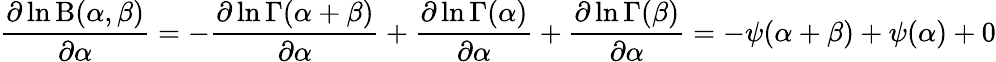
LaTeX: {\frac{\partial\ln\mathrm{B}(\alpha,\beta)}{\partial\alpha}}=-{\frac{\partial\ln\Gamma(\alpha+\beta)}{\partial\alpha}}+{\frac{\partial\ln\Gamma(\alpha)}{\partial\alpha}}+{\frac{\partial\ln\Gamma(\beta)}{\partial\alpha}}=-\psi(\alpha+\beta)+\psi(\alpha)+0